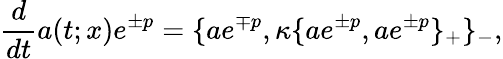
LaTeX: \frac{d}{dt}a(t;x)e^{\pm p}=\{ ae^{\mp p},\kappa\{ ae^{\pm p},ae^{\pm p}\} _{+}\} _{-},